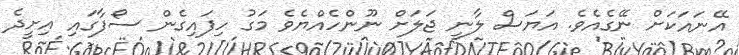
އޭނައަކަށް ނޭގެއެވެ. އަޔަސް ލާނީ ޖަލަށް ނޫންހެއްޔެވެ މަގު ހިފައިގެން ސޯފާގައި އިށީދެ